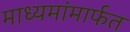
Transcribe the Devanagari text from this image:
माध्यमांमार्फत